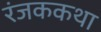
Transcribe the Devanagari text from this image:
रंजककथा